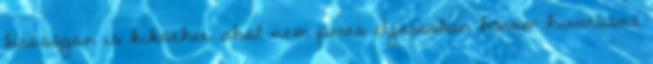
bíróságon is kiköthet, ahol nem peres eljárásban három hivatásos